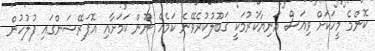
ކޮންމެ މީހަކަށް ވިއަސް އަނިޔާކުރުމަކީ ގަބޫލުކުރެވޭނެ ކަމެއް ނޫން ކަމަށާއި އޮޕަރޭޝަންގައި ފުލުހުން